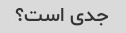
جدی است؟